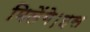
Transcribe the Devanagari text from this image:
मिलेंगे।इस